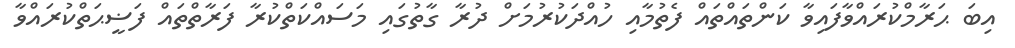
އިބަ ޙަރާމްކުރައްވާފައިވާ ކަންތައްތައް ފެތުމާއި ހުއްދަކުރުމަށް ދުރާ ގާތުގައި މަސައްކަތްކުރާ ފަރާތްތައް ފަޟީޙަތްކުރައްވާ